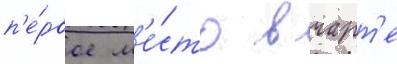
п'е́рвое м'е́сто в чарт'е